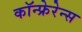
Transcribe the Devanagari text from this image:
कॉन्फ्रेरेन्स